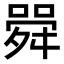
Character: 䑝